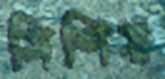
মিশিয়